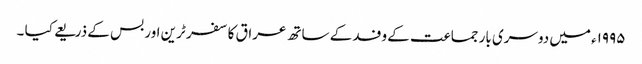
۱۹۹۵ء میں دوسری بار جماعت کے وفد کے ساتھ عراق کا سفر ٹرین اور بس کے ذریعے کیا ۔